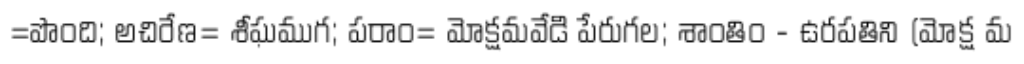
=పొంది; అచిరేణ= శీఘముగ; పరాం= మోక్షమవేడి పేరుగల; శాంతిం - ఉరపతిని (మోక్ష మ